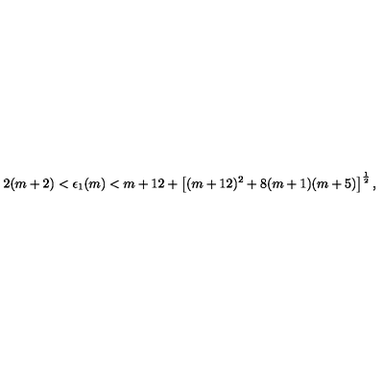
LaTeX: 2 ( m + 2 ) < \epsilon _ { 1 } ( m ) < m + 1 2 + \left[ ( m + 1 2 ) \sp 2 + 8 ( m + 1 ) ( m + 5 ) \right] \sp { \frac { 1 } { 2 } } ,